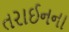
તરાઈનના